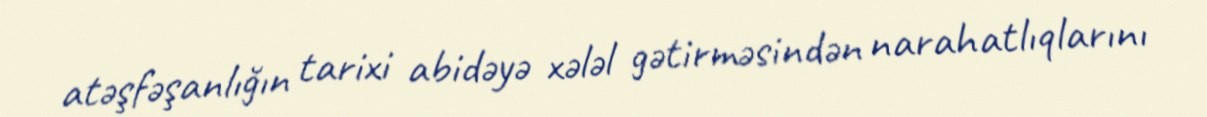
atəşfəşanlığın tarixi abidəyə xələl gətirməsindən narahatlıqlarını